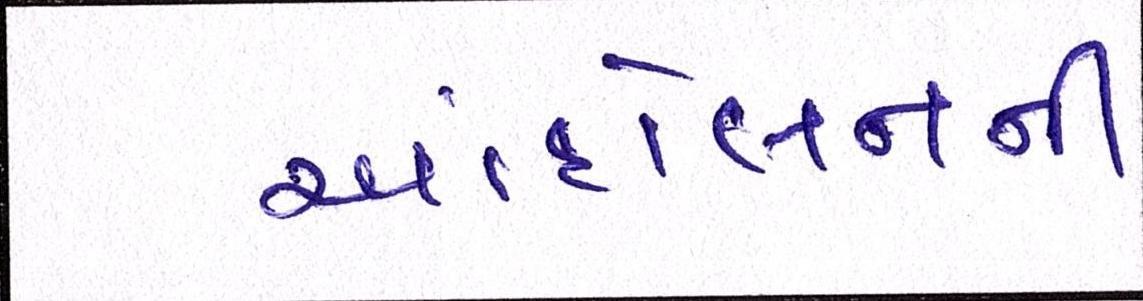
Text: આંદોલનની